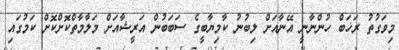
މިވަގުތު ރަޚަބް ހުންނާނީ އޭނާއަށް ލިބުނު ކާމިޔާބީގެ ސަބަބުން އަރީޝާއަށް މަލާމާތްކޮށްކޮށް ކަމުގައި